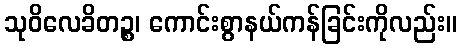
သုဝိလေခိတဉ္စ၊ ကောင်းစွာနယ်ကန်ခြင်းကိုလည်း။